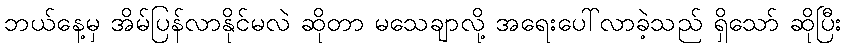
ဘယ်နေ့မှ အိမ်ပြန်လာနိုင်မလဲ ဆိုတာ မသေချာလို့ အရေးပေါ်လာခဲ့သည် ရှိသော် ဆိုပြီး